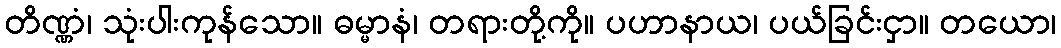
တိဏ္ဏံ၊ သုံးပါးကုန်သော။ ဓမ္မာနံ၊ တရားတို့ကို။ ပဟာနာယ၊ ပယ်ခြင်းငှာ။ တယော၊